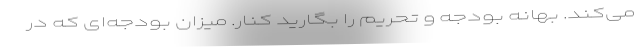
می‌کند. بهانه بودجه و تحریم را بگارید کنار. میزان بودجه‌ای که در